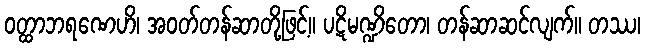
ဝတ္ထာဘရဏေဟိ၊ အဝတ်တန်ဆာတို့ဖြင့်။ ပဋိမဏ္ဍိတော၊ တန်ဆာဆင်လျက်။ တဿ၊